Annual administration report of the Bombay Presidency - 1887-1892
Year: 1887
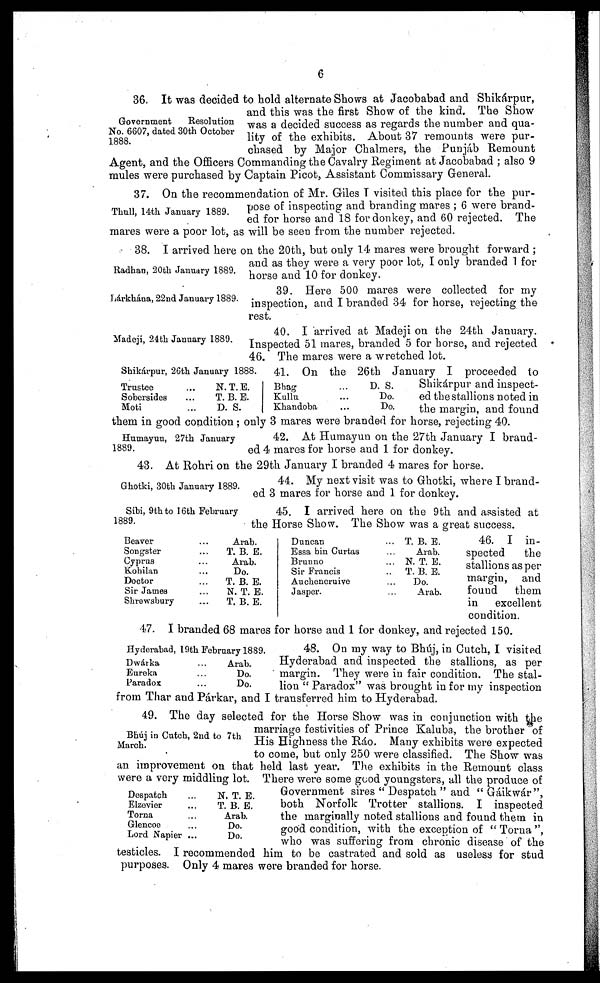
6
Government
Resolution
No. 6607, dated 30th October
1888.
36. It was decided to hold alternate Shows at Jacobabad and Shikárpur,
and this was the first Show of the kind. The Show
was a decided success as regards the number and qua-
lity of the exhibits. About 37 remounts were pur-
chased by Major Chalmers, the Punjáb Remount
Agent, and the Officers Commanding the Cavalry Regiment at Jacobabad ; also 9
mules were purchased by Captain Picot, Assistant Commissary General.
Thull, 14th January 1889.
37. On the recommendation of Mr. Giles I visited this place for the pur-
pose of inspecting and branding mares ; 6 were brand-
ed for horse and 18 for donkey, and 60 rejected. The
mares were a poor lot, as will be seen from the number rejected.
Radhan, 20th January 1889.
38. I arrived here on the 20th, but only 14 mares were brought forward ;
and as they were a very poor lot, I only branded 1 for
horse and 10 for donkey.
Lárkhána, 22nd January 1889.
39. Here 500 mares were collected for my
inspection, and I branded 34 for horse, rejecting the
rest.
Madeji, 24th January 1889.
40. I arrived at Madeji on the 24th January.
Inspected 51 mares, branded 5 for horse, and rejected
46. The mares were a wretched lot.
Shikárpur, 26th January 1888.
41. On the 26th January I proceeded to
Shikárpur and inspect-
ed the stallions noted in
the margin, and found
them in good condition; only 3 mares were branded for horse, rejecting 40.
Trustee
Sobersides
Moti
...
...
...
N. T. E.
T. B. E.
D. S.
Bhag
Kullu
Khandoba
...
...
...
D. S.
Do.
Do.
Humayun, 27th January
1889.
42. At Humayun on the 27th January I brand-
ed 4 mares for horse and 1 for donkey.
43. At Rohri on the 29th January I branded 4 mares for horse.
Ghotki, 30th January 1889.
44. My next visit was to Ghotki, where I brand-
ed 3 mares for horse and 1 for donkey.
Sibi, 9th to 16th February
1889.
45. I arrived here on the 9th and assisted at
the Horse Show. The Show was a great success.
Beaver
Songster
Cyprus
Kohilan
Doctor
Sir James
Shrewsbury
...
...
...
...
...
...
...
Arab.
T. B. E.
Arab.
Do.
T. B. E.
N. T. E.
T. B. E.
Duncan
Essa bin Curtas
Brunno
Sir Francis
Auchencruive
Jasper.
...
...
...
...
...
...
T. B. E.
Arab.
N. T. E.
T. B. E.
Do.
Arab.
46. I in-
spected
the
stallions as per
margin, and
found
them
in excellent
condition.
47. I branded 68 mares for horse and 1 for donkey, and rejected 150.
Hyderabad, 19th February 1889.
Dwárka
Eureka
Paradox
...
...
...
Arab.
Do.
Do.
48. On my way to Bhúj, in Cutch, I visited
Hyderabad and inspected the stallions, as per
margin. They were in fair condition. The stal-
lion " Paradox" was brought in for my inspection
from Thar and Párkar, and I transferred him to Hyderabad.
Bhúj in Cutch, 2nd to 7th
March.
49. The day selected for the Horse Show was in conjunction with the
marriage festivities of Prince Kaluba, the brother of
His Highness the Ráo. Many exhibits were expected
to come, but only 250 were classified. The Show was
an improvement on that held last year. The exhibits in the Remount class
were a very middling lot. There were some good youngsters, all the produce of
Government sires " Despatch " and " Gáikwár ",
both Norfolk Trotter stallions. I inspected
the marginally noted stallions and found them in
good condition, with the exception of " Torna ",
who was suffering from chronic disease of the
testicles. I recommended him to be castrated and sold as useless for stud
purposes. Only 4 mares were branded for horse.
Despatch
Elzevier
Torna
Glencoe
Lord Napier
...
...
...
...
...
N. T. E.
T. B. E.
Arab.
Do.
Do.